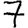
Digit: 7